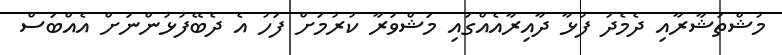
މުޝްތަޝާރާއި ދެމެދު ފުޅާ ދާއިރާއެއްގައި މަޝްވަރާ ކުރުމަށް ފަހު އެ ދެބޭފުޅުންނަށް އެއްބަސް